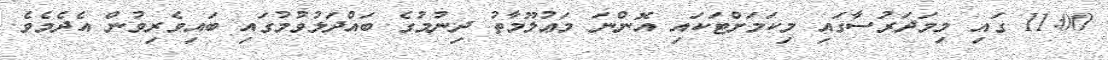
11:00 ގައި މިމަދަރުސާގައި މިކަމަށްޓަކައި އޮންނަ މަޢުލޫމާތު ދިނުމުގެ ބައްދަލުވުމުގައި ބައިވެރިވުން އެދެމެވެ.